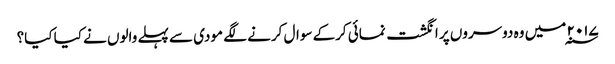
۲۰۱۷ ؁ میں وہ دوسروں پر انگشت نمائی کرکے سوال کرنے لگے مودی سے پہلے والوں نے کیا کیا؟